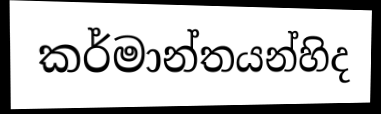
කර්මාන්තයන්හිද